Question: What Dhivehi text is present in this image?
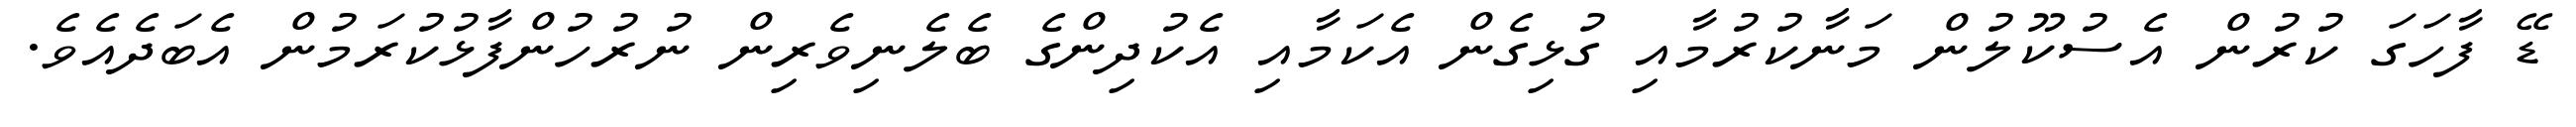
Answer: ޑޭ ފާހަގަ ކުރުން އެސުކޫލުން މަނާކުރުމާއި ގުޅިގެން އެކަމާއި އެކުދިންގެ ބެލެނިވެރިން ނުރުހުންފާޅުކުރަމުން އެބަދެއެވެ.